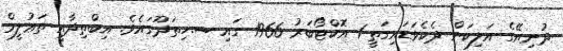
ދުނިޔޭގެ އަލިކަން ދެކެވަޑައިގަތީ 1 އޮކްޓޯބަރު 1966 ގައި ސ.ހިތަދޫގައެވެ. އިބްތިދާއީ ތަޢުލީމް